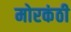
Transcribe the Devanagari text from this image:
मोरकंठी